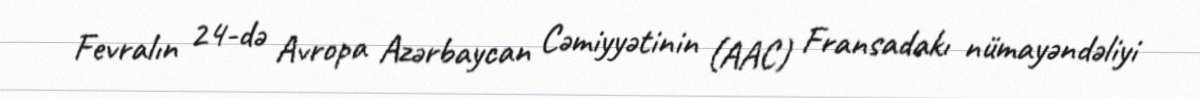
Fevralın 24-də Avropa Azərbaycan Cəmiyyətinin (AAC) Fransadakı nümayəndəliyi